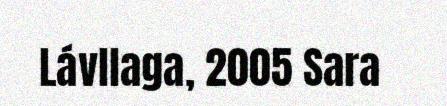
Lávllaga, 2005 Sara